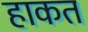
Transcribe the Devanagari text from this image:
हाकत